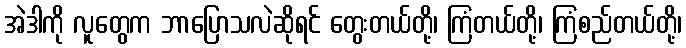
အဲဒါကို လူတွေက ဘာပြောသလဲဆိုရင် တွေးတယ်တို့၊ ကြံတယ်တို့၊ ကြံစည်တယ်တို့၊